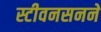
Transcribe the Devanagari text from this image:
स्टीवनसनने